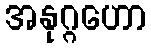
အနုဂ္ဂဟော